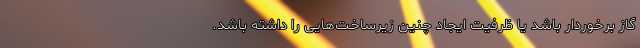
گاز برخوردار باشد یا ظرفیت ایجاد چنین زیرساخت‌هایی را داشته باشد.